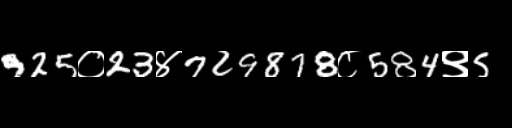
Text: 925०23४729878८584९5